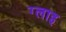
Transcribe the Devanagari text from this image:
ग्लाइ